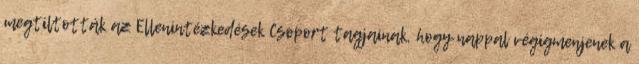
megtiltották az Ellenintézkedések Csoport tagjainak, hogy nappal végigmenjenek a